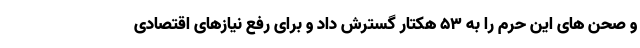
و صحن های این حرم را به ۵۳ هکتار گسترش داد و برای رفع نیازهای اقتصادی